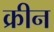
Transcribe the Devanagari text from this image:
क्रीन